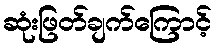
ဆုံးဖြတ်ချက်ကြောင့်